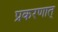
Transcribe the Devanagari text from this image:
प्रकरणात्‌